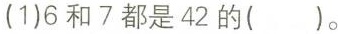
(1)6和7都是42的( )。